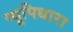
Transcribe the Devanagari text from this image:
प्यूपिधारा